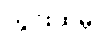
ကွင်းထဲမှ